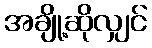
အချို့ဆိုလျှင်